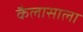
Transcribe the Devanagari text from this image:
कैलासाला